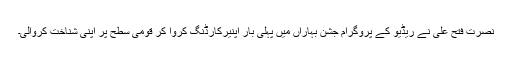
نصرت فتح علی نے ریڈیو کے پروگرام جشن بہاراں میں پہلی بار اپنیرکارڈنگ کروا کر قومی سطح پر اپنی شناخت کروالی۔